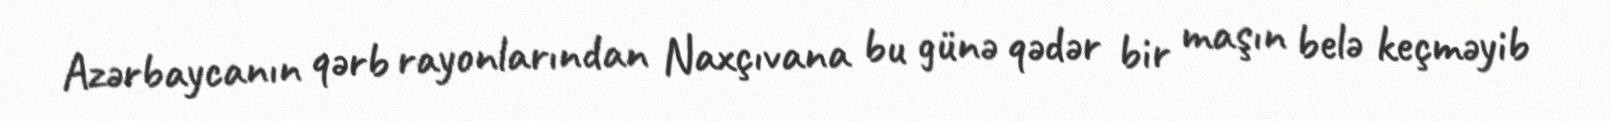
Azərbaycanın qərb rayonlarından Naxçıvana bu günə qədər bir maşın belə keçməyib